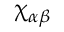
\upchi _ { \alpha \beta }